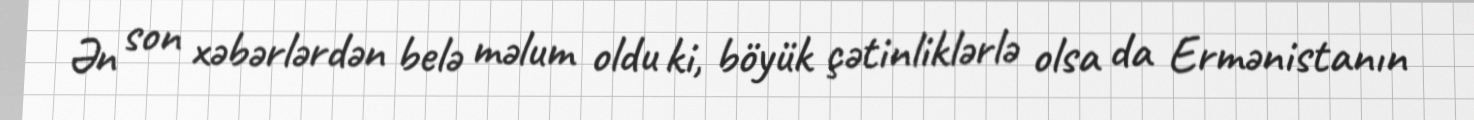
Ən son xəbərlərdən belə məlum oldu ki, böyük çətinliklərlə olsa da Ermənistanın